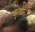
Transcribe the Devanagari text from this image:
आजमासें